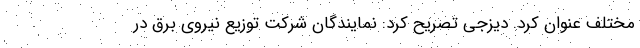
مختلف عنوان کرد. دیزجی تصریح کرد: نمایندگان شرکت توزیع نیروی برق در